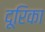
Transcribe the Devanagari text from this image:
दूरिका